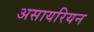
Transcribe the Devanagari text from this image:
असायरियन